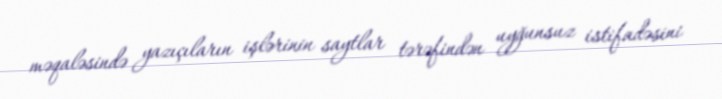
məqaləsində yazıçıların işlərinin saytlar tərəfindən uyğunsuz istifadəsini